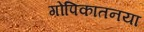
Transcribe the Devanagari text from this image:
गोपिकातनया